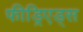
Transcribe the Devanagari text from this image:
फीड्रिएड्स